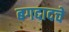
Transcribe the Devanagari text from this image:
बगदादचे